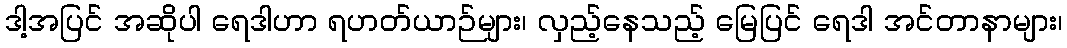
ဒါ့အပြင် အဆိုပါ ရေဒါဟာ ရဟတ်ယာဉ်များ၊ လှည့်နေသည့် မြေပြင် ရေဒါ အင်တာနာများ၊